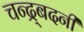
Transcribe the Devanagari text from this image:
चन्द्र्बदनी